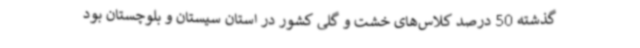
گذشته 50 درصد کلاس‌های خشت و گلی کشور در استان سیستان و بلوچستان بود